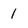
Character: 1